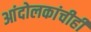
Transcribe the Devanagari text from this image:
आंदोलकांचीही